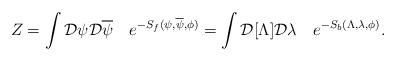
LaTeX: \begin{align*}Z=\int{\cal D}\psi {\cal D}\overline\psi \quad e^{-S_f(\psi,\overline\psi,\phi)} =\int {\cal D}[\Lambda]{\cal D}\lambda\quad e^{-S_b(\Lambda,\lambda,\phi)}.\end{align*}